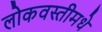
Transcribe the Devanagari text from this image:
लोकवस्तीमधे